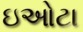
ઇઓટા